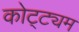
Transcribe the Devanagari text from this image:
कोट्ट्यम